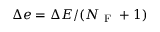
\Delta e = \Delta E / ( N _ { \mathrm { ~ F ~ } } + 1 )